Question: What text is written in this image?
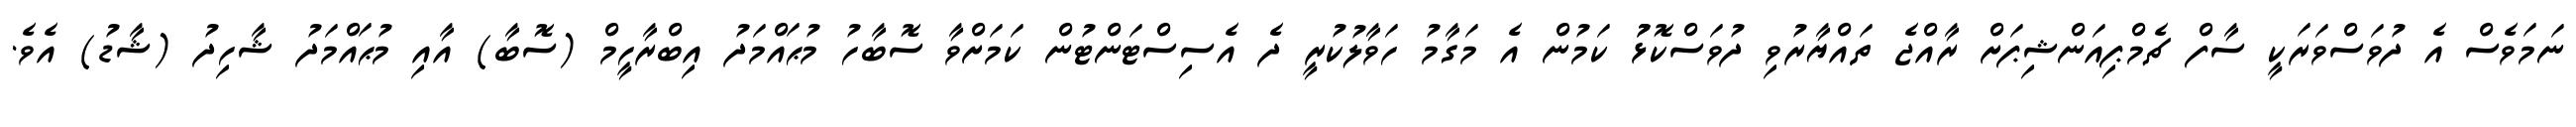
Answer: ނަމަވެސް އެ ދުވަސްވަރަކީ ސާފް ޗެމްޕިއަންޝިޕަށް ރާއްޖެ ތައްޔާރުވި ދުވަސްކޮޅުު ކަމުން އެ މަގާމު ހަވާލުކުރީ ދެ އެސިސްޓަންޓުން ކަމަށްވާ ސޮބާހު މުޙައްމަދު އިބްރާހީމް (ސޮބާ) އާއި މުޙައްމަދު ޝާހިދު (ޝާޑު) އެވެ.